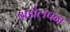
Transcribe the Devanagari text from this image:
अडोलपन